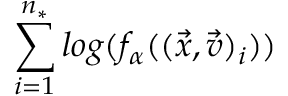
\sum _ { i = 1 } ^ { n _ { * } } l o g ( f _ { \alpha } ( ( \Vec { x } , \Vec { v } ) _ { i } ) )